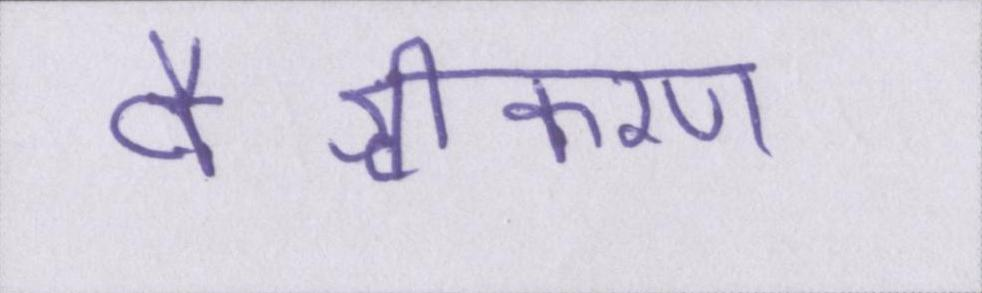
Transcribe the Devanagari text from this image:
वैश्वीकरण